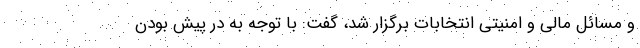
و مسائل مالی و امنیتی انتخابات برگزار شد، گفت: با توجه به در پیش بودن